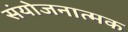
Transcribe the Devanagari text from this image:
संयोजनात्मक